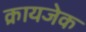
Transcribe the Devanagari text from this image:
क्रायजेक